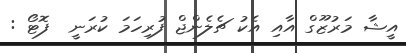
އީޝާ މަރުޒޫގް އާއި އެކު ޗެލެންޖް ފުރިހަމަ ކުރަނީ  ފޮޓޯ :